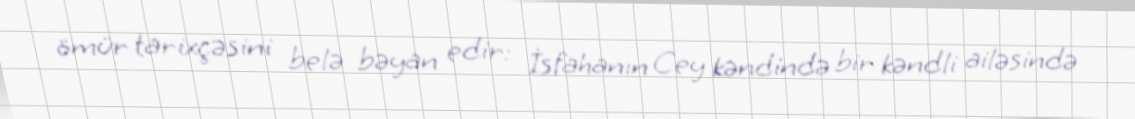
ömür tarixçəsini belə bəyan edir: İsfahanın Cey kəndində bir kəndli ailəsində